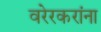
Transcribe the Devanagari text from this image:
वरेरकरांना